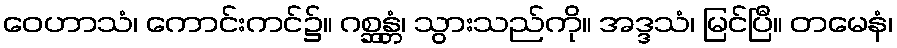
ဝေဟာသံ၊ ကောင်းကင်၌။ ဂစ္ဆန္တံ၊ သွားသည်ကို။ အဒ္ဒသံ၊ မြင်ပြီ။ တမေနံ၊